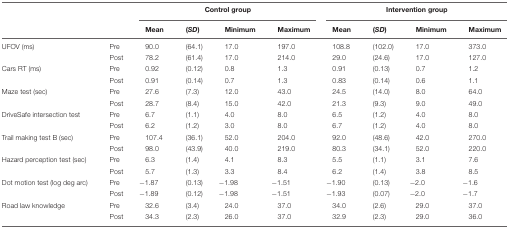
<table><thead><tr><td></td><td></td><td colspan="4"><b>Control group</b></td><td colspan="4"><b>Intervention group</b></td></tr><tr><td></td><td></td><td><b>Mean</b></td><td><b>(<i>SD</i>)</b></td><td><b>Minimum</b></td><td><b>Maximum</b></td><td><b>Mean</b></td><td><b>(<i>SD</i>)</b></td><td><b>Minimum</b></td><td><b>Maximum</b></td></tr></thead><tbody><tr><td>UFOV (ms)</td><td>Pre</td><td>90.0</td><td>(64.1)</td><td>17.0</td><td>197.0</td><td>108.8</td><td>(102.0)</td><td>17.0</td><td>373.0</td></tr><tr><td></td><td>Post</td><td>78.2</td><td>(61.4)</td><td>17.0</td><td>214.0</td><td>29.0</td><td>(24.6)</td><td>17.0</td><td>127.0</td></tr><tr><td>Cars RT (ms)</td><td>Pre</td><td>0.92</td><td>(0.12)</td><td>0.8</td><td>1.3</td><td>0.91</td><td>(0.13)</td><td>0.7</td><td>1.2</td></tr><tr><td></td><td>Post</td><td>0.91</td><td>(0.14)</td><td>0.7</td><td>1.3</td><td>0.83</td><td>(0.14)</td><td>0.6</td><td>1.1</td></tr><tr><td>Maze test (sec)</td><td>Pre</td><td>27.6</td><td>(7.3)</td><td>12.0</td><td>43.0</td><td>24.5</td><td>(14.0)</td><td>8.0</td><td>64.0</td></tr><tr><td></td><td>Post</td><td>28.7</td><td>(8.4)</td><td>15.0</td><td>42.0</td><td>21.3</td><td>(9.3)</td><td>9.0</td><td>49.0</td></tr><tr><td>DriveSafe intersection test</td><td>Pre</td><td>6.7</td><td>(1.1)</td><td>4.0</td><td>8.0</td><td>6.5</td><td>(1.2)</td><td>4.0</td><td>8.0</td></tr><tr><td></td><td>Post</td><td>6.2</td><td>(1.2)</td><td>3.0</td><td>8.0</td><td>6.7</td><td>(1.2)</td><td>4.0</td><td>8.0</td></tr><tr><td>Trail making test B (sec)</td><td>Pre</td><td>107.4</td><td>(36.1)</td><td>52.0</td><td>204.0</td><td>92.0</td><td>(48.6)</td><td>42.0</td><td>270.0</td></tr><tr><td></td><td>Post</td><td>98.0</td><td>(43.9)</td><td>40.0</td><td>219.0</td><td>80.3</td><td>(34.1)</td><td>52.0</td><td>220.0</td></tr><tr><td>Hazard perception test (sec)</td><td>Pre</td><td>6.3</td><td>(1.4)</td><td>4.1</td><td>8.3</td><td>5.5</td><td>(1.1)</td><td>3.1</td><td>7.6</td></tr><tr><td></td><td>Post</td><td>5.7</td><td>(1.3)</td><td>3.3</td><td>8.4</td><td>6.2</td><td>(1.4)</td><td>3.8</td><td>8.5</td></tr><tr><td>Dot motion test (log deg arc)</td><td>Pre</td><td>-1.87</td><td>(0.13)</td><td>-1.98</td><td>-1.51</td><td>-1.90</td><td>(0.13)</td><td>-2.0</td><td>-1.6</td></tr><tr><td></td><td>Post</td><td>-1.89</td><td>(0.12)</td><td>-1.98</td><td>-1.51</td><td>-1.93</td><td>(0.07)</td><td>-2.0</td><td>-1.7</td></tr><tr><td>Road law knowledge</td><td>Pre</td><td>32.6</td><td>(3.4)</td><td>24.0</td><td>37.0</td><td>34.0</td><td>(2.6)</td><td>29.0</td><td>37.0</td></tr><tr><td></td><td>Post</td><td>34.3</td><td>(2.3)</td><td>26.0</td><td>37.0</td><td>32.9</td><td>(2.3)</td><td>29.0</td><td>36.0</td></tr></tbody></table>